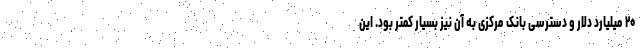
۲۰ میلیارد دلار و دسترسی بانک مرکزی به آن نیز بسیار کمتر بود. این